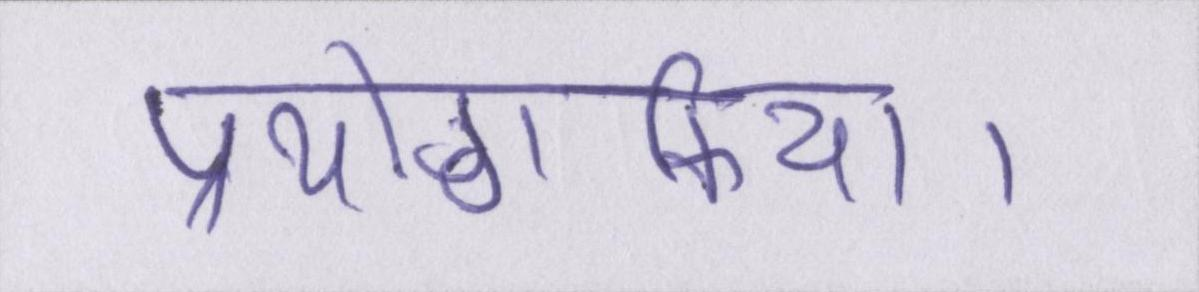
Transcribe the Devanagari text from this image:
प्रयोगकिया।